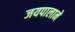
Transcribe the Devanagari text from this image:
जयपालाने